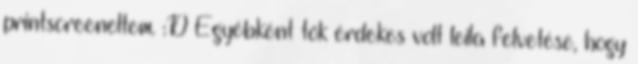
printscreeneltem. :D Egyébként tök érdekes volt leila felvetése, hogy